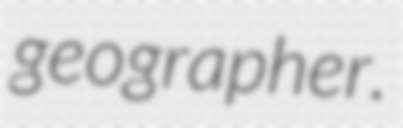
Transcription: geographer.